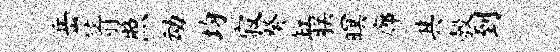
岳箭照动均寂癸缸朕暝廊其彀到